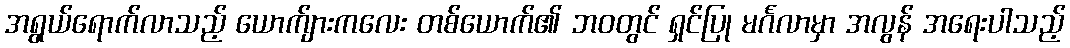
အရွယ်ရောက်လာသည့် ယောက်ျားကလေး တစ်ယောက်၏ ဘဝတွင် ရှင်ပြု မင်္ဂလာမှာ အလွန် အရေးပါသည့်